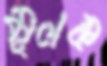
মূলক